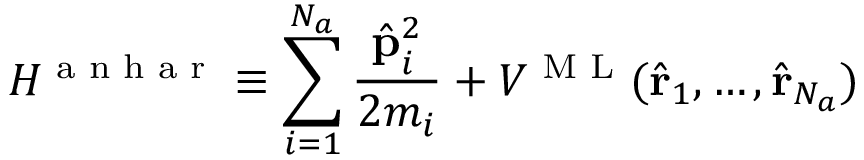
{ \cal H } ^ { \textrm { a n h a r } } \equiv \sum _ { i = 1 } ^ { N _ { a } } \frac { { \hat { \bf p } } _ { i } ^ { 2 } } { 2 m _ { i } } + V ^ { \textrm { M L } } ( { \hat { \bf r } } _ { 1 } , \ldots , { \hat { \bf r } } _ { N _ { a } } )